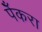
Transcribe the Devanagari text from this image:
पेँकरा